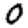
Digit: 0